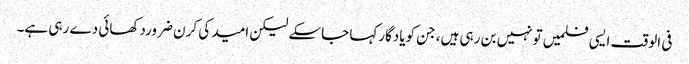
فی الوقت ایسی فلمیں تونہیں بن رہی ہیں، جن کویادگارکہا جاسکے لیکن امید کی کرن ضروردکھائی دے رہی ہے۔